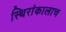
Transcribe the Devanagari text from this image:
स्थिरांकालाच